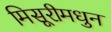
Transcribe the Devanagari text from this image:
मिसूरीमधुन